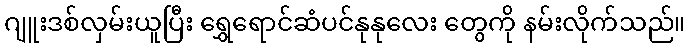
ဂျူးဒစ်လှမ်းယူပြီး ရွှေရောင်ဆံပင်နုနုလေး တွေကို နမ်းလိုက်သည်။